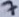
Text: 7